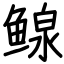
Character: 鳈